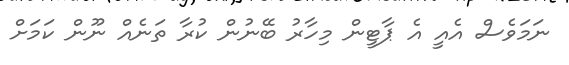
ނަމަވެސް އެއީ އެ ޕާޓީން މިހާރު ބޭނުން ކުރާ ތަނެއް ނޫން ކަމަށް